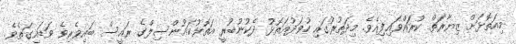
މިއަތޮޅަށް ޒިޔާރަތް ކުރައްވައިފިއެވެ. މިދަތުރުގައި ހުވަދުއަތޮޅު ދެކުނުބުރީ އަތޮޅުކައުންސިލްގެ ރައީސް ބައިވެރިވެ ވަޑައިގަތެވެ.